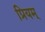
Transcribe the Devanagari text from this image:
प्रियम्‌